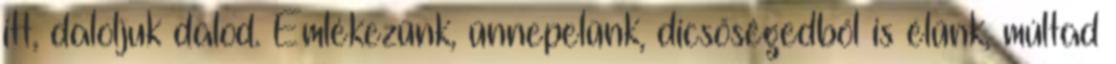
itt, daloljuk dalod. Emlékezünk, ünnepelünk, dicsőségedből is élünk, múltad